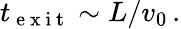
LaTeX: t_{\mathrm{~e~x~i~t~}}\sim L/v_{0}\, .